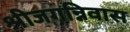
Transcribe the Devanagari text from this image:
श्रीजगन्निवास